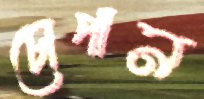
চোপান